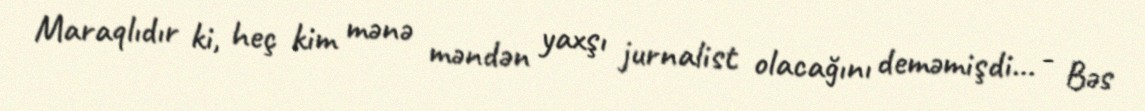
Maraqlıdır ki, heç kim mənə məndən yaxşı jurnalist olacağını deməmişdi… - Bəs